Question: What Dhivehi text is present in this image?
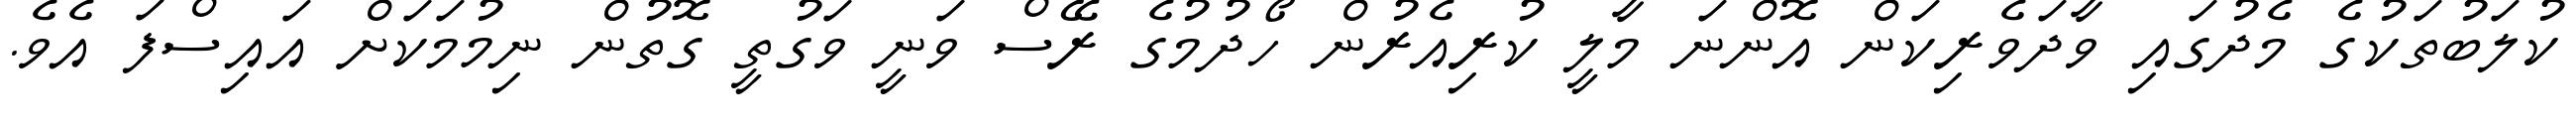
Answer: ކުލަބުތަކުގެ މެދުގައި ވާދަވެރިކަން އޮންނަ މާލީ ކުރިއެރުން ހޯދުމުގެ ރޭސް ވަނީ ވަގުތީ ގޮތުން ނިމުމަކަށް އައިސްފަ އެވެ.